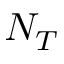
N _ { T }